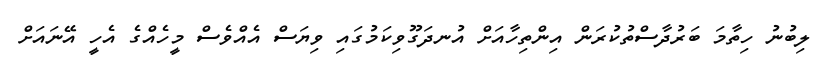
ލިބުނު ހިތާމަ ބަރުދާސްތުކުރަން އިންތިހާއަށް އުނދަގޫވިކަމުގައި ވިޔަސް އެއްވެސް މީހެއްގެ އެހީ އޭނައަށް